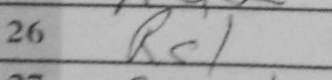
Transcription: Rc1